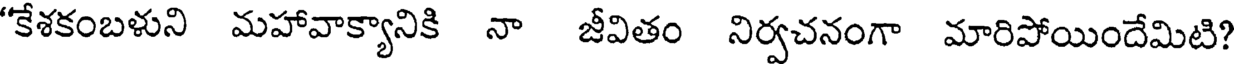
"కేశకంబళుని మహావాక్యానికి నా జీవితం నిర్వచనంగా మారిపోయిందేమిటి?